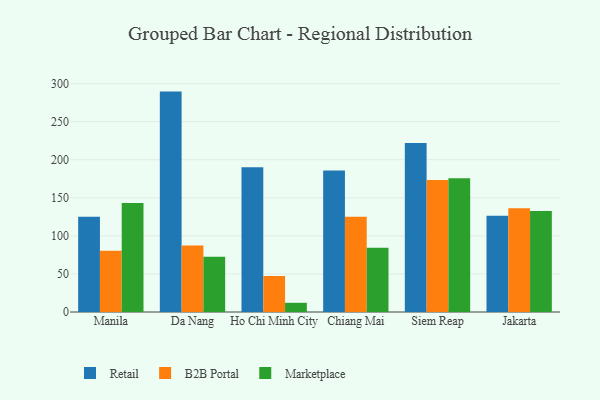
{"axis": {"x": "City", "y": "Gross Profit (USD K)"}, "legend": ["B2B Portal", "Marketplace", "Retail"], "data": [{"x": "Manila", "y": 125.0, "type": "Retail"}, {"x": "Manila", "y": 80.4, "type": "B2B Portal"}, {"x": "Manila", "y": 143.1, "type": "Marketplace"}, {"x": "Da Nang", "y": 289.5, "type": "Retail"}, {"x": "Da Nang", "y": 87.4, "type": "B2B Portal"}, {"x": "Da Nang", "y": 72.5, "type": "Marketplace"}, {"x": "Ho Chi Minh City", "y": 190.1, "type": "Retail"}, {"x": "Ho Chi Minh City", "y": 47.3, "type": "B2B Portal"}, {"x": "Ho Chi Minh City", "y": 12.1, "type": "Marketplace"}, {"x": "Chiang Mai", "y": 185.7, "type": "Retail"}, {"x": "Chiang Mai", "y": 125.1, "type": "B2B Portal"}, {"x": "Chiang Mai", "y": 84.4, "type": "Marketplace"}, {"x": "Siem Reap", "y": 222.1, "type": "Retail"}, {"x": "Siem Reap", "y": 173.5, "type": "B2B Portal"}, {"x": "Siem Reap", "y": 175.6, "type": "Marketplace"}, {"x": "Jakarta", "y": 126.3, "type": "Retail"}, {"x": "Jakarta", "y": 136.2, "type": "B2B Portal"}, {"x": "Jakarta", "y": 132.7, "type": "Marketplace"}]}